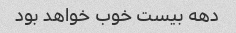
دهه بیست خوب خواهد بود